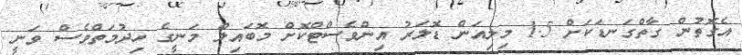
އެގޮތުން ގާތްގަނޑަކަށް 1.5 މިލިއަން ޑޮލަރު އިންވެސްޓްކޮށް މޮބައިލް މަނީގެ ހިދުމަތްވެސް ވަނީ